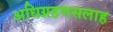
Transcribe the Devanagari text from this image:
अधिग्रहणसलाह